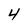
Character: 4